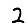
Digit: 2